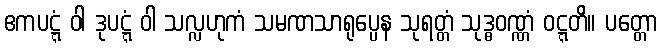
ဧကပဋ္ဋံ ဝါ ဒုပဋ္ဋံ ဝါ သလ္လဟုကံ သမဏသာရုပ္ပေန သုရတ္တံ သုဒ္ဓဝဏ္ဏံ ဝဋ္ဋတိ။ ပတ္တော